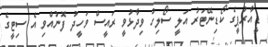
ޑީއާރުޕީގެ ކޯޑިނޭޓަރު އަލީ ސޯލިހު ވިދާޅުވީ ރައީސް ވަހީދު ފޮނުއްވި އެ ސިޓީގެ